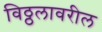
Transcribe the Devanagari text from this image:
विठ्ठलावरील